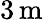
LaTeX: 3\, \mathrm{m}